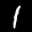
Label: 1